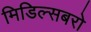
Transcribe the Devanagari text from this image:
मिडिल्सबरो